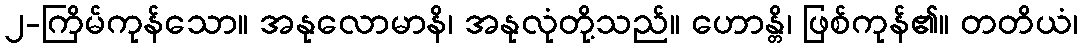
၂-ကြိမ်ကုန်သော။ အနုလောမာနိ၊ အနုလုံတို့သည်။ ဟောန္တိ၊ ဖြစ်ကုန်၏။ တတိယံ၊